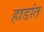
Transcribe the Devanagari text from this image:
हाडांत